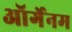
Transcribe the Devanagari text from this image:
ऑर्गेनम